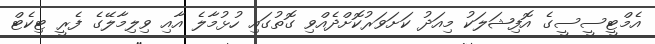
އެމްޓީސީސީގެ އޮފިޝަލަކު މިއަދު ކަށަވަރުކޮށްދެއްވި ގޮތުގައި ހުޅުމާލެ އާއި ވިލިމާލޭގެ ފެރީ ޓިކެޓް